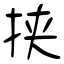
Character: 挟